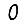
Digit: 0